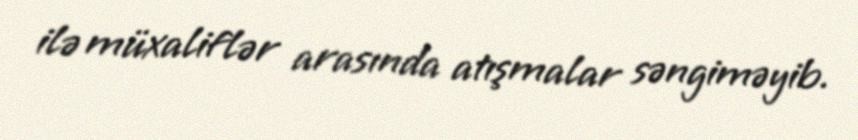
ilə müxaliflər arasında atışmalar səngiməyib.